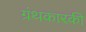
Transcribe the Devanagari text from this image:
ग्रंथकारकी